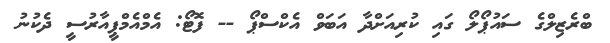
ބްރެޒިލްގެ ސައުޕޯލޯ ގައި ކުރިއަށްދާ އަބަވް އެކްސްޕޯ -- ފޮޓޯ: އެމްއެމްޕީއާރުސީ ދެކުނު